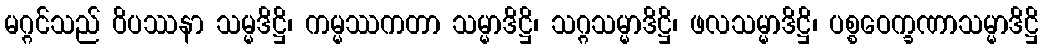
မဂ္ဂင်သည် ဝိပဿနာ သမ္မဒိဋ္ဌိ၊ ကမ္မဿကတာ သမ္မာဒိဋ္ဌိ၊ သဂ္ဂသမ္မာဒိဋ္ဌိ၊ ဖလသမ္မာဒိဋ္ဌိ၊ ပစ္စဝေက္ခဏာသမ္မာဒိဋ္ဌိ